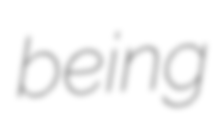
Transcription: being